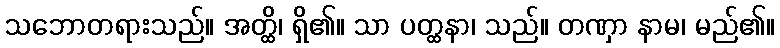
သဘောတရားသည်။ အတ္ထိ၊ ရှိ၏။ သာ ပတ္ထနာ၊ သည်။ တဏှာ နာမ၊ မည်၏။